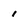
Character: 1